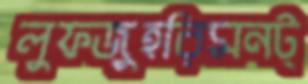
লুফজুহরিমনট্